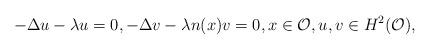
LaTeX: \begin{align*}-\Delta u - \lambda u =0, -\Delta v - \lambda n(x)v =0, x \in \mathcal O, u,v\in H^2(\mathcal O),\end{align*}